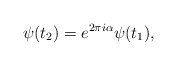
\begin{align*}\psi (t_2) = e^{2\pi i\alpha} \psi (t_1), \end{align*}